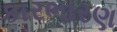
કારભારણ